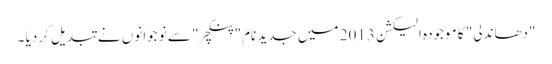
"دھاندلی" کا موجودہ الیکشن 2013 میں جدید نام" پنکچر" سے نوجوانوں نے تبدیل کردیا ۔